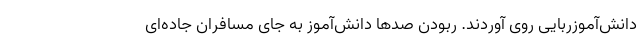
دانش‌آموزربایی روی آوردند. ربودن صدها دانش‌آموز به جای مسافران جاده‌ای